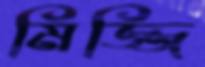
মিজ্জি